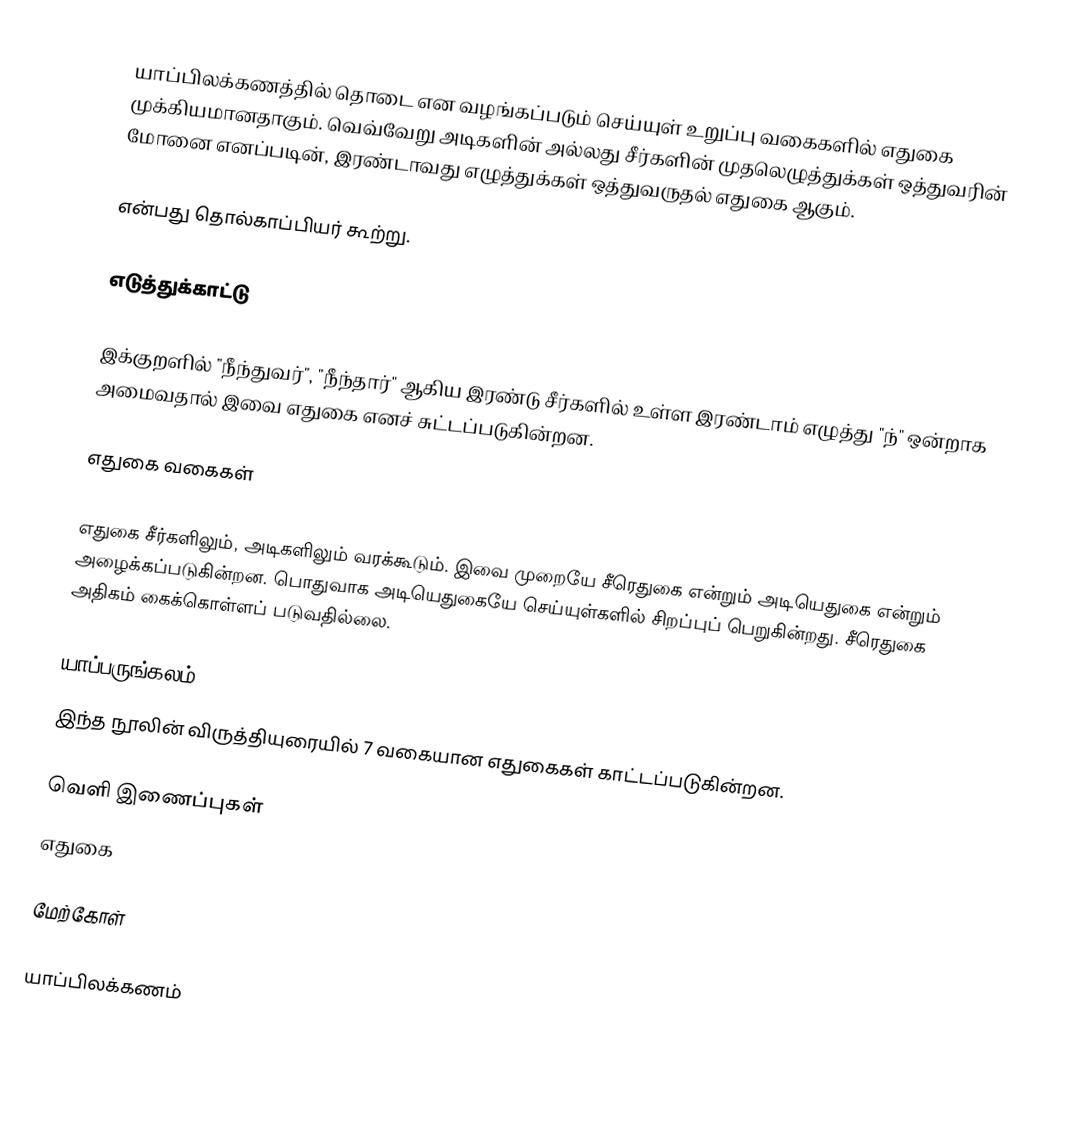
யாப்பிலக்கணத்தில் தொடை என வழங்கப்படும் செய்யுள் உறுப்பு வகைகளில் எதுகை முக்கியமானதாகும். வெவ்வேறு அடிகளின் அல்லது சீர்களின் முதலெழுத்துக்கள் ஒத்துவரின் மோனை எனப்படின், இரண்டாவது எழுத்துக்கள் ஒத்துவருதல் எதுகை ஆகும்.

என்பது தொல்காப்பியர் கூற்று.

எடுத்துக்காட்டு

இக்குறளில் "நீந்துவர்", "நீந்தார்" ஆகிய இரண்டு சீர்களில் உள்ள இரண்டாம் எழுத்து "ந்" ஒன்றாக அமைவதால் இவை எதுகை எனச் சுட்டப்படுகின்றன.

எதுகை வகைகள்

எதுகை சீர்களிலும், அடிகளிலும் வரக்கூடும். இவை முறையே சீரெதுகை என்றும் அடியெதுகை என்றும் அழைக்கப்படுகின்றன. பொதுவாக அடியெதுகையே செய்யுள்களில் சிறப்புப் பெறுகின்றது. சீரெதுகை அதிகம் கைக்கொள்ளப் படுவதில்லை.

யாப்பருங்கலம்
இந்த நூலின் விருத்தியுரையில் 7 வகையான எதுகைகள் காட்டப்படுகின்றன.

வெளி இணைப்புகள்
 எதுகை

மேற்கோள்

யாப்பிலக்கணம்